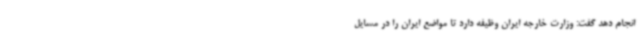
انجام دهد گفت: وزارت خارجه ایران وظیفه دارد تا مواضع ایران را در مسایل